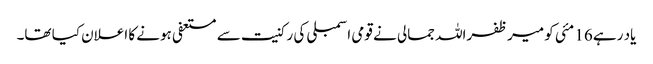
یاد رہے 16 مئی کو میر ظفراللہ جمالی نے قومی اسمبلی کی رکنیت سے مستعفی ہونے کا اعلان کیا تھا۔